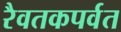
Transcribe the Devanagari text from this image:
रैवतकपर्वत